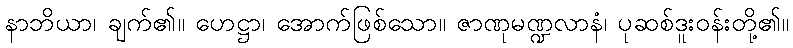
နာဘိယာ၊ ချက်၏။ ဟေဋ္ဌာ၊ အောက်ဖြစ်သော။ ဇာဏုမဏ္ဍလာနံ၊ ပုဆစ်ဒူးဝန်းတို့၏။